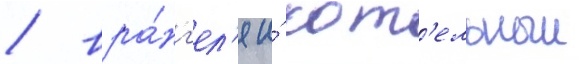
/ вра́нг'ел'я и́ кот'ельныи